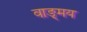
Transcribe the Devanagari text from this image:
वाङ्‍मय